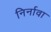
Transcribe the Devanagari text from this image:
निर्नावा